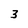
Character: 3